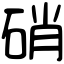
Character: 硝